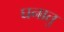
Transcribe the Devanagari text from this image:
घनातु